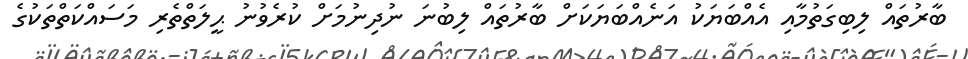
ބާރުތައް ލިބިގަތުމާއި އެއްބަޔަކު އަނެއްބަޔަކަށް ބާރުތައް ލިބުނަ ނުދިނުމަށް ކުރެވުނު ޙީލަތްތެރި މަސައްކަތްތަކުގެ